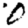
Digit: 0